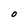
Character: O